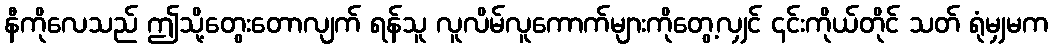
နီကိုလေသည် ဤသို့တွေးတောလျက် ရန်သူ လူလိမ်လူကောက်များကိုတွေ့လျှင် ၎င်းကိုယ်တိုင် သတ် ရုံမျှမက